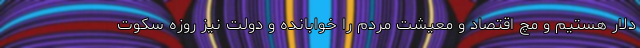
دلار هستیم و مچ اقتصاد و معیشت مردم را خوابانده و دولت نیز روزه سکوت